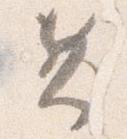
兼